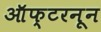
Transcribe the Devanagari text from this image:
ऑफ्टरनून